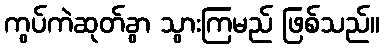
ကွပ်ကဲဆုတ်ခွာ သွားကြမည် ဖြစ်သည်။